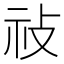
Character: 𢼗